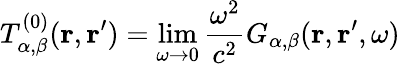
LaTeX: T_{\alpha,\beta}^{(0)}(\mathbf{r},\mathbf{r^{\prime}})=\operatorname*{lim}_{\omega\to 0}\frac{\omega^{2}}{c^{2}}G_{\alpha,\beta}(\mathbf{r},\mathbf{r}^{\prime},\omega)